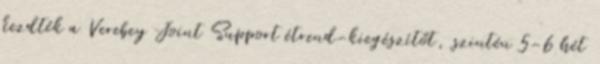
kezdték a Verebey Joint Support étrend-kiegészítőt, szintén 5-6 hét